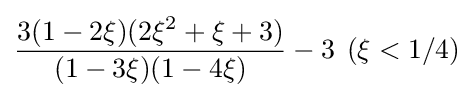
{\frac {3(1-2\xi )(2\xi ^{2}+\xi +3)}{(1-3\xi )(1-4\xi )}}-3\,\;(\xi <1/4)